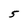
Character: 5